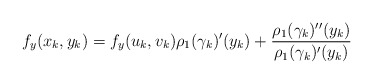
\begin{align*} f_y(x_k,y_k)=f_y(u_k,v_k)\rho_1(\gamma_k)'(y_k) + \frac{\rho_1(\gamma_k)''(y_k)}{\rho_1(\gamma_k)'(y_k)} \end{align*}